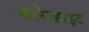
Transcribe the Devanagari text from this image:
फारेन्हाइट